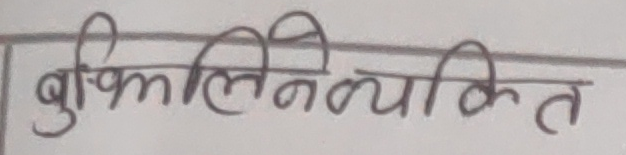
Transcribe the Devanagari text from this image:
बुष्किलिन्यक्तित